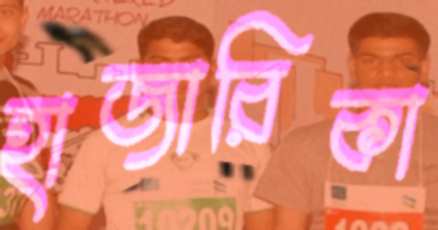
হাজারিকা